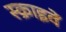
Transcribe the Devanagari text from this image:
स्क्राइवें